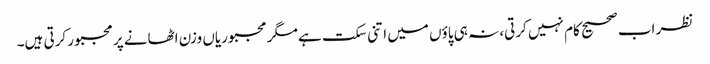
نظر اب صحیح کام نہیں کرتی، نہ ہی پاؤں میں اتنی سکت ہے مگر مجبوریاں وزن اٹھانے پر مجبور کرتی ہیں۔